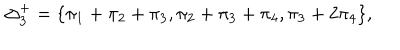
\Delta _ { 3 } ^ { + } = \{ \pi _ { 1 } + \pi _ { 2 } + \pi _ { 3 } , \pi _ { 2 } + \pi _ { 3 } + \pi _ { 4 } , \pi _ { 3 } + 2 \pi _ { 4 } \} ,